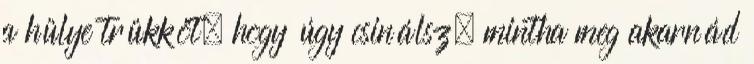
a hülye trükköt, hogy úgy csinálsz, mintha meg akarnád